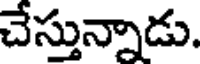
చేస్తున్నాడు.